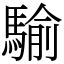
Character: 騟